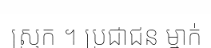
ស្រុក ។ ប្រជាជន ម្នាក់